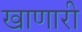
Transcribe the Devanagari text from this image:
खाणारी